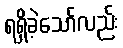
ရရှိခဲ့သော်လည်း